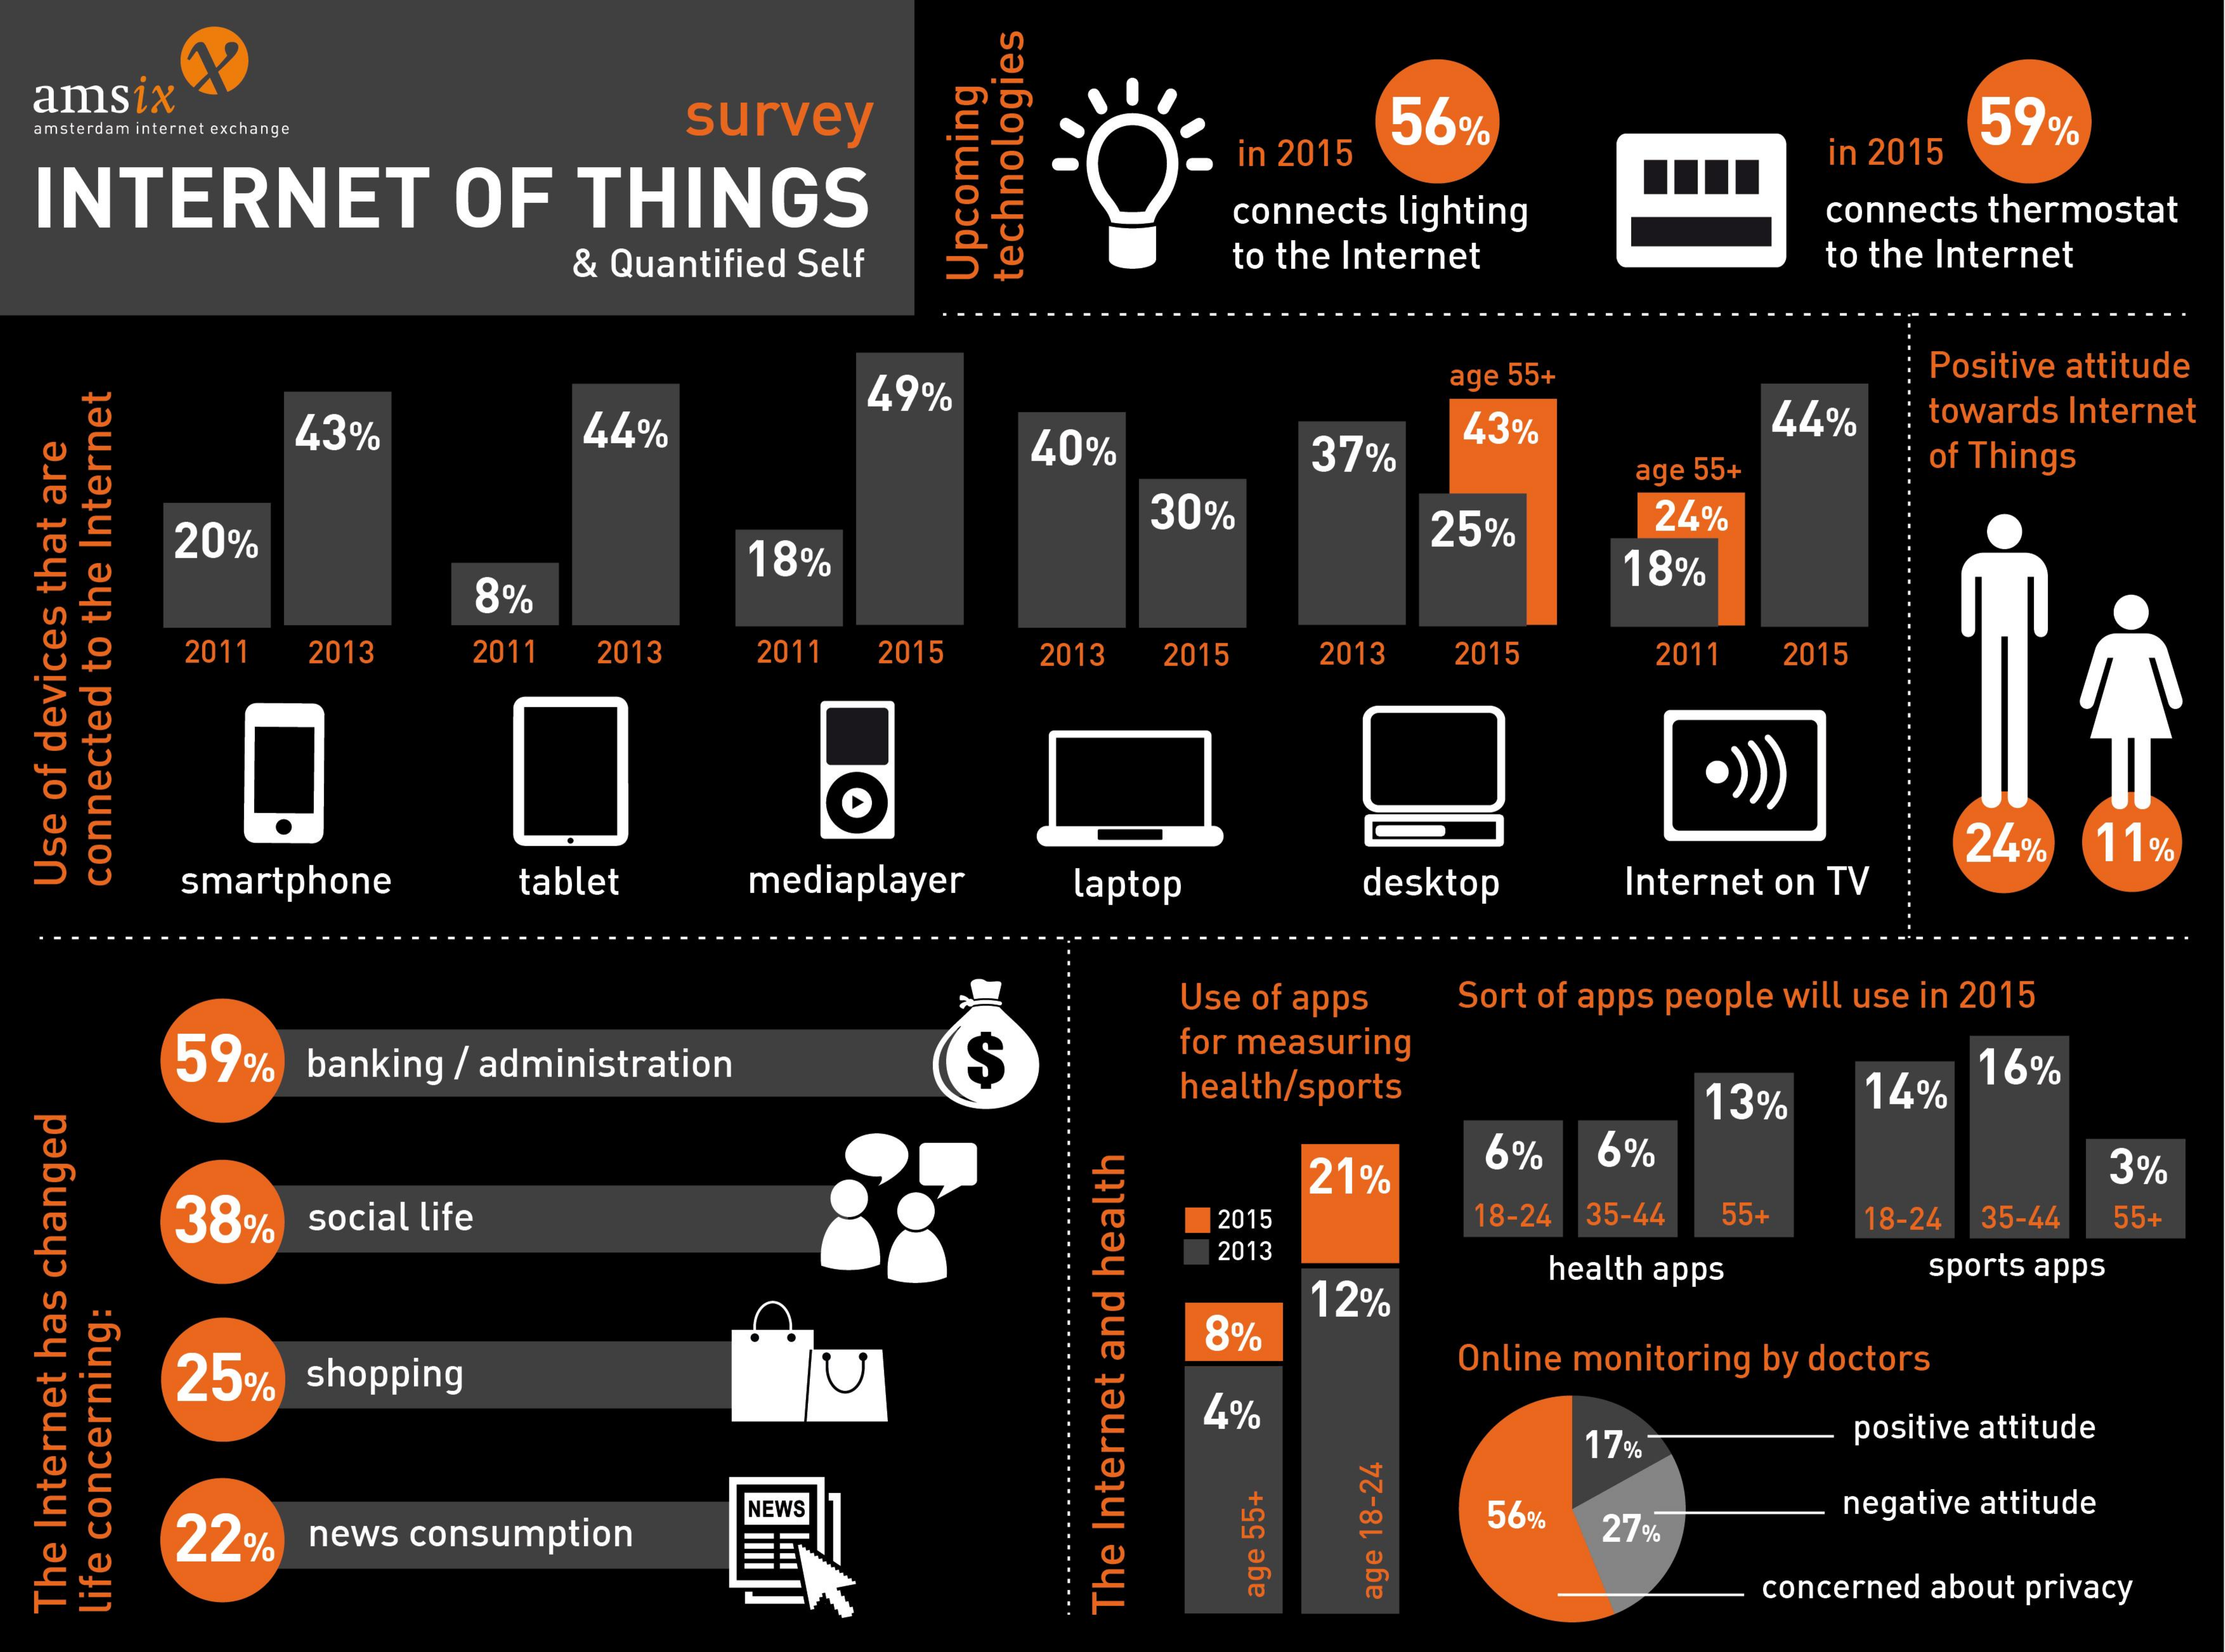
amsix
     survey    56%    59% amsterdam internet exchange
     in 2015    in 2015
  INTERNET    OF  THINGS    connects lighting  connects thermostat
     & Quantified Self   to the Internet    to the Internet
     technologies Upcoming
     49%
     age 55+    Positive attitude
     43%    44%    40%    37%
     43%    44%  towards Internet
     age 55+  of Things
     30%    24%
     20%
     8%
     18%
     25%
     18%
     2011 2013 2011 2013 2011 2015 2013 2015 2013 2015 2011 2015
     O
     24% 11%
     smartphone tablet mediaplayer laptop desktop Internet on TV
   connected
   to
   the
   Internet
  Use
  of
  devices
  that
  are
     Use of apps Sort of apps people will use in 2015
     59% banking / administration $ for measuring
     health/sports   13%  14%
     16%
     21%
     6%  6%    3%
     38% social life    2015    18-24 35-44 55+ 18-24 35-44 55+
     2013
     12%
     health apps sports apps
     8%
     25% shopping    U    Online monitoring by doctors
     4%
     17%    positive attitude
     22% news consumption
     NEWS    56% 27%
     negative attitude
     concerned about privacy age
     18-24
     age
     55+
     The
     Internet
     and
     health
   life
   concerning:
  The
  Internet
  has
  changed